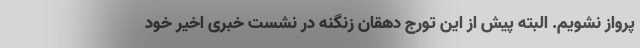
پرواز نشویم. البته پیش از این تورج دهقان زنگنه در نشست خبری اخیر خود